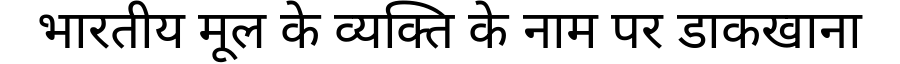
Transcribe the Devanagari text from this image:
भारतीय मूल के व्यक्ति के नाम पर डाकखाना